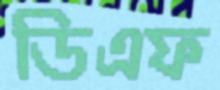
ডিএফ